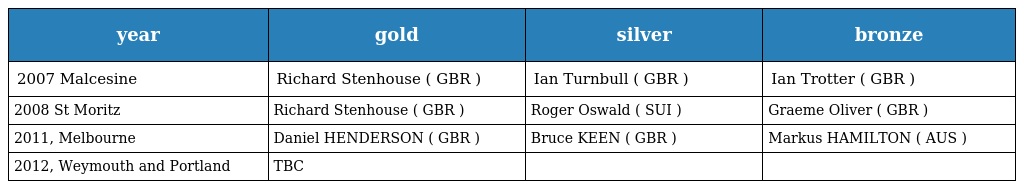
| year | gold | silver | bronze |
 | --- | --- | --- | --- |
 | 2007 Malcesine | Richard Stenhouse ( GBR ) | Ian Turnbull ( GBR ) | Ian Trotter ( GBR ) |
 | 2008 St Moritz | Richard Stenhouse ( GBR ) | Roger Oswald ( SUI ) | Graeme Oliver ( GBR ) |
 | 2011, Melbourne | Daniel HENDERSON ( GBR ) | Bruce KEEN ( GBR ) | Markus HAMILTON ( AUS ) |
 | 2012, Weymouth and Portland | TBC |  |  |